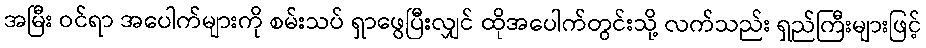
အမြီး ဝင်ရာ အပေါက်များကို စမ်းသပ် ရှာဖွေပြီးလျှင် ထိုအပေါက်တွင်းသို့ လက်သည်း ရှည်ကြီးများဖြင့်